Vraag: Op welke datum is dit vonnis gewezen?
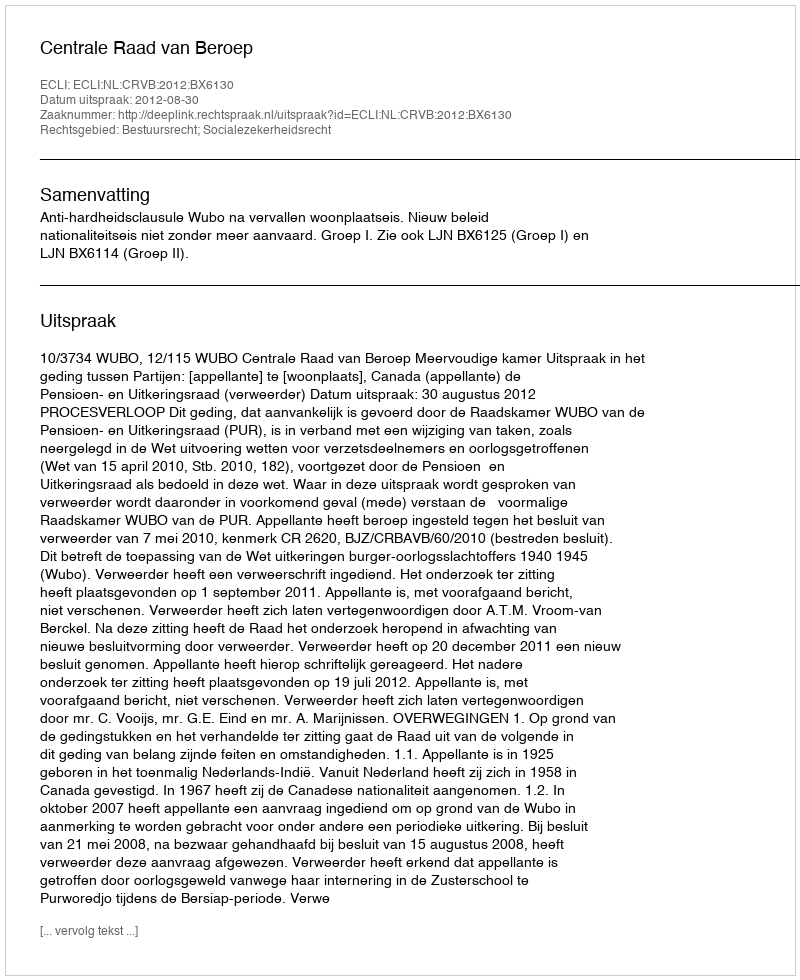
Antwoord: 2012-08-30